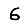
Digit: 6